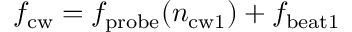
f _ { \mathrm { c w } } = f _ { \mathrm { p r o b e } } ( n _ { \mathrm { c w 1 } } ) + f _ { \mathrm { b e a t 1 } }